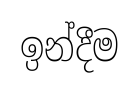
ඉන්දීම